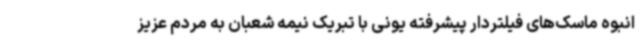
انبوه ماسک‌های فیلتردار پیشرفته یونی با تبریک نیمه شعبان به مردم عزیز